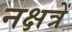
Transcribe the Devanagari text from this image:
नक्षत्रें